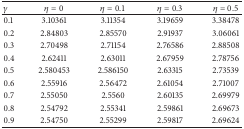
<table><thead><tr><td><b>γ</b></td><td><b>η = 0</b></td><td><b>η = 0.1</b></td><td><b>η = 0.3</b></td><td><b>η = 0.5</b></td></tr></thead><tbody><tr><td>0.1 </td><td> 3.10361 </td><td> 3.11354 </td><td> 3.19659 </td><td> 3.38478 </td></tr><tr><td>0.2 </td><td> 2.84803 </td><td> 2.85570 </td><td> 2.91937 </td><td> 3.06061 </td></tr><tr><td>0.3 </td><td> 2.70498 </td><td> 2.71154 </td><td> 2.76586 </td><td> 2.88508 </td></tr><tr><td>0.4 </td><td> 2.62411 </td><td> 2.63011 </td><td> 2.67959 </td><td> 2.78756 </td></tr><tr><td>0.5 </td><td> 2.580453 </td><td> 2.586150 </td><td> 2.63315 </td><td> 2.73539 </td></tr><tr><td>0.6 </td><td> 2.55916 </td><td> 2.56472 </td><td> 2.61054 </td><td> 2.71007 </td></tr><tr><td>0.7 </td><td> 2.55050 </td><td> 2.5560 </td><td> 2.60135 </td><td> 2.69979 </td></tr><tr><td>0.8 </td><td> 2.54792 </td><td> 2.55341 </td><td> 2.59861 </td><td> 2.69673 </td></tr><tr><td>0.9 </td><td> 2.54750 </td><td> 2.55299 </td><td> 2.59817 </td><td> 2.69624 </td></tr></tbody></table>